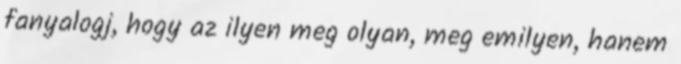
fanyalogj, hogy az ilyen meg olyan, meg emilyen, hanem